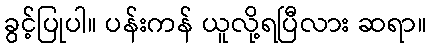
ခွင့်ပြုပါ။ ပန်းကန် ယူလို့ရပြီလား ဆရာ။